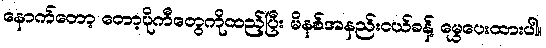
နောက်တော့ တော့ပိုကီတွေကိုထည့်ပြီး မိနစ်အနည်းငယ်ခန့် မွှေပေးထားပါ။